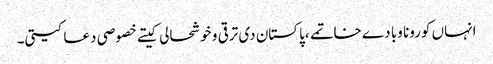
انہاں کورونا وبا دے خاتمے ،پاکستان دی ترقی و خوشحالی کیتے خصوصی دعا کیتی۔